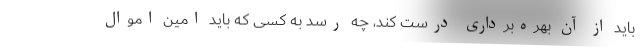
باید از آن بهره‌برداری درست کند، چه رسد به کسی که باید امین اموال